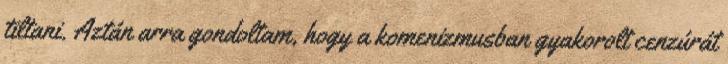
tiltani. Aztán arra gondoltam, hogy a komenizmusban gyakorolt cenzúrát